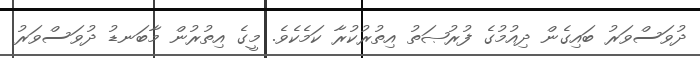
ދުވަސްވަރު ބައިގެން ދިއުމުގެ ފުރުޞަތު އިތުރުކުރާ ކަމެކެވެ. މީގެ އިތުރުން މާބަނޑު ދުވަސްވަރު